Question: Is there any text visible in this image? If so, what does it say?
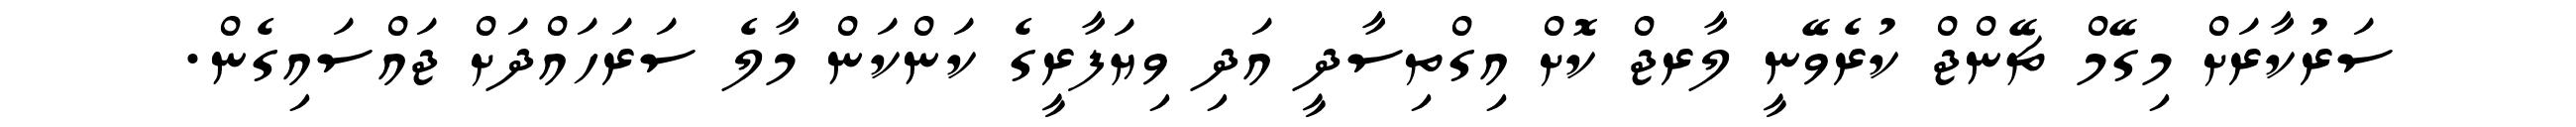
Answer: ސަރުކާރަށް މިގޭމް ޗޭންޖް ކުރެވޭނީ ލާރޖް ކޮށް އިގްތިސާދީ އަދި ވިޔަފާރީގެ ކަންކަން މާލެ ސަރަހައްދަށް ޖައްސައިގެން.